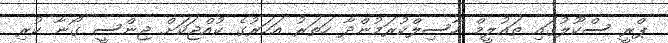
ޕްރީ ސްކޫލުގައި ތައުލީމް ހާސިލްކުރަމުންދާ ހަތަރު އަހަރުގެ ކުއްޖަކަށް ޖިންސީ ގޯނާ ކުރި